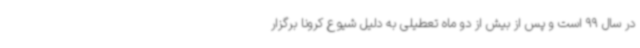
در سال 99 است و پس از بیش از دو ماه تعطیلی به دلیل شیوع کرونا برگزار